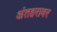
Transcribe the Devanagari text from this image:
अंतहरावर